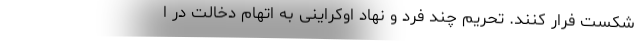
شکست فرار کنند. تحریم چند فرد و نهاد اوکراینی به اتهام دخالت در ا